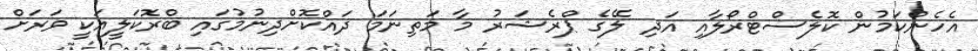
އެހެންކަމުން ކޮލެސްޓްރޯލާއި އަދި ލޭގެ ޕްރެޝަރު މާ މަތިނަމަ ދައްކޮށްދިނުމުގައި ބްރޮކަލީއަކީ ވަރަށް